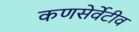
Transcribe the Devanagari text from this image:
कणसेर्वेटीव